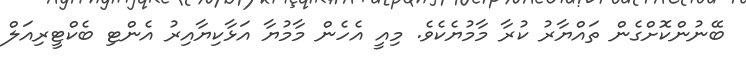
ބޭނުންކޮށްގެން ތައްޔާރު ކުރާ މާމުޔެކެވެ. މިއީ އެހެން މާމުޔާ އަޅާކިޔާއިރު އެންޓި ބެކްޓީރިއަލް